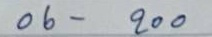
06 - 200